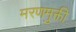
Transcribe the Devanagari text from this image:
मरणमुक्ती